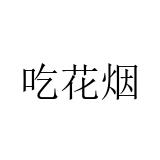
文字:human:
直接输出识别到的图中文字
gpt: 吃花烟